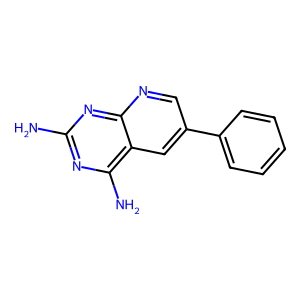
SMILES: Nc1nc(N)c2cc(-c3ccccc3)cnc2n1
Inhibits HIV replication: No